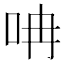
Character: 呥